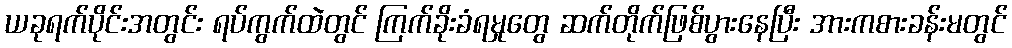
ယခုရက်ပိုင်းအတွင်း ရပ်ကွက်ထဲတွင် ကြက်ခိုးခံရမှုတွေ ဆက်တိုက်ဖြစ်ပွားနေပြီး အားကစားခန်းမတွင်